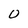
Character: O